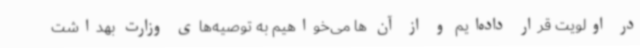
در اولویت قرار داده‌ایم و از آن ها می‌خواهیم به توصیه‌های وزارت بهداشت